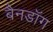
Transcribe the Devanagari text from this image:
बैनडॉग